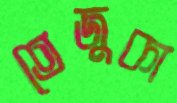
তেজুকা